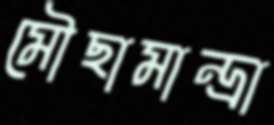
মৌছামান্দ্রা